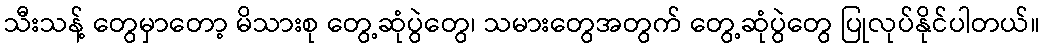
သီးသန့် တွေမှာတော့ မိသားစု တွေ့ဆုံပွဲတွေ၊ သမားတွေအတွက် တွေ့ဆုံပွဲတွေ ပြုလုပ်နိုင်ပါတယ်။